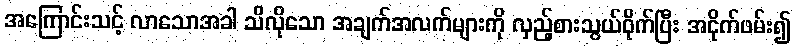
အကြောင်းသင့် လာသောအခါ သိလိုသော အချက်အလက်များကို လှည့်စားသွယ်ဝိုက်ပြီး အငိုက်ဖမ်း၍